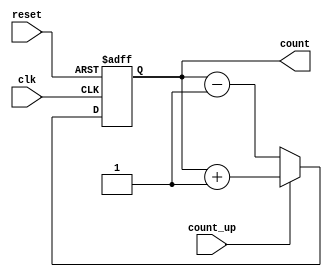
module Counter (
  input wire clk,
  input wire reset,
  input wire count_up,
  output reg [7:0] count
);

always @(posedge clk or posedge reset) begin
  if (reset) begin
    count <= 8'd0;
  end else begin
    if (count_up) begin
      count <= count + 1;
    end else begin
      count <= count - 1;
    end
  end
end

endmodule